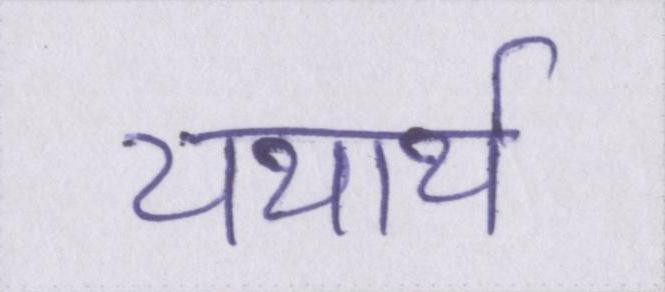
यथार्थ